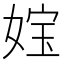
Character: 𡝬